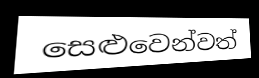
සෙළුවෙන්වත්